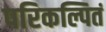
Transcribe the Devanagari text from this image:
परिकल्पितं